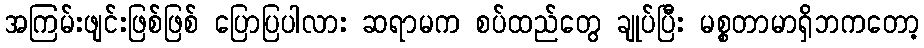
အကြမ်းဖျင်းဖြစ်ဖြစ် ပြောပြပါလား ဆရာမက စပ်ထည်တွေ ချုပ်ပြီး မစ္စတာမာရှိဘကတော့